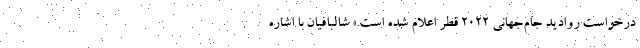
درخواست روادید جام‌جهانی ۲۰۲۲ قطر اعلام شده است.» شالبافیان با اشاره